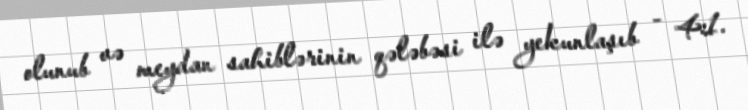
olunub və meydan sahiblərinin qələbəsi ilə yekunlaşıb - 4:1.